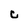
Character: C